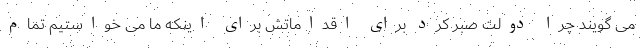
می گویند چرا دولت صبر کرد برای اقداماتش برای اینکه ما می خواستیم تمام